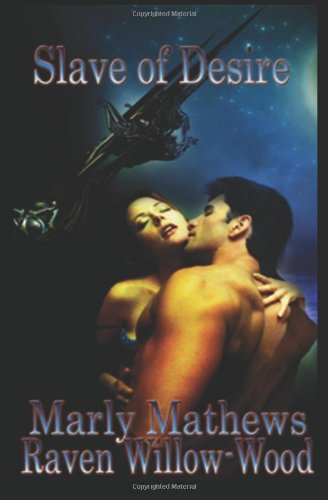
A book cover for Slave of Desire; Taken I:; Marly Mathews; Romance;